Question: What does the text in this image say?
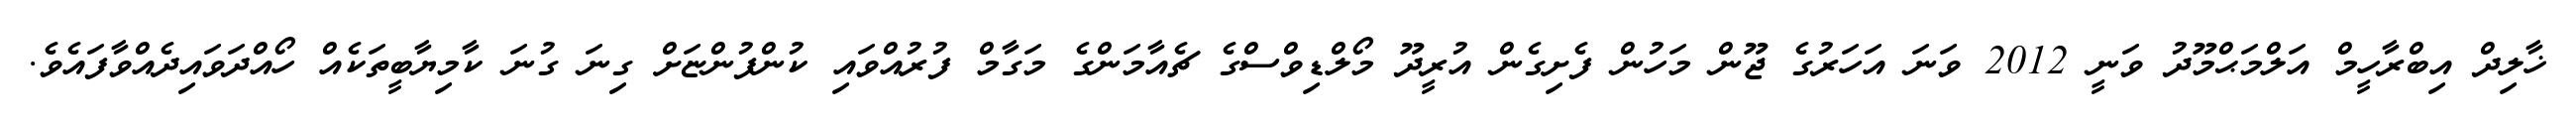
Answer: ޚާލިދް އިބްރާހީމް އަލްމަޙްމޫދު ވަނީ 2012 ވަނަ އަހަރުގެ ޖޫން މަހުން ފެށިގެން އުރީދޫ މޯލްޑިވްސްގެ ޗެއާމަންގެ މަގާމް ފުރުއްވައި ކުންފުންޏަށް ގިނަ ގުނަ ކާމިޔާބީތަކެއް ހޯއްދަވައިދެއްވާފައެވެ.